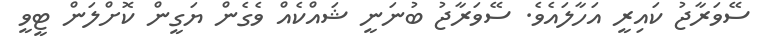
ސޭވަރާޖު ކައިރީ އަހާލައެވެ. ސޭވަރާޖު ބުނަނީ ޝައްކެއް ވެގެން ޔަގީން ކޮށްލަން ޓީވީ